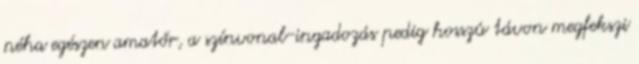
néha egészen amatőr, a színvonal-ingadozás pedig hosszú távon megfekszi